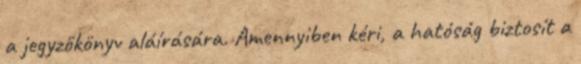
a jegyzőkönyv aláírására. Amennyiben kéri, a hatóság biztosít a